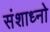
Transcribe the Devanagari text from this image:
संशाध्नो